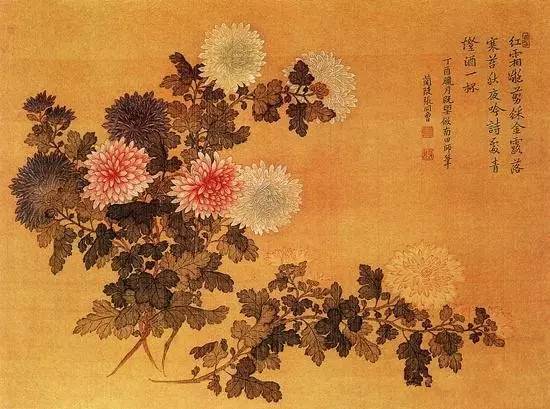
横笛惊征雁，娇歌落塞云。